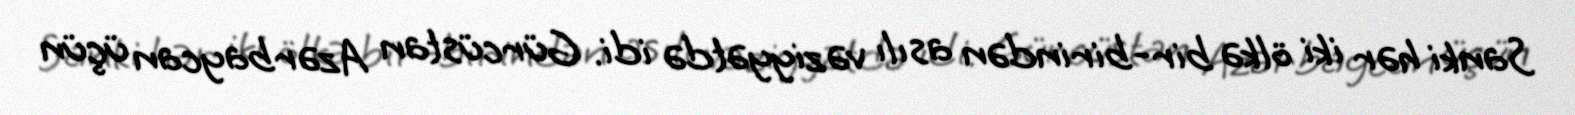
Sanki hər iki ölkə bir-birindən asılı vəziyyətdə idi. Gürcüstan Azərbaycan üçün